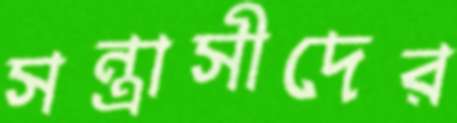
সন্ত্রাসীদের